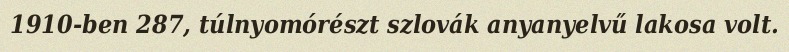
1910-ben 287, túlnyomórészt szlovák anyanyelvű lakosa volt.